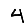
Digit: 4